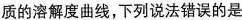
质的溶解度曲线，下列说法错误的是